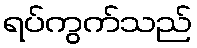
ရပ်ကွက်သည်